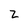
Character: 2